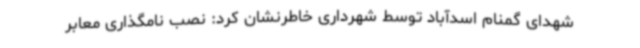
شهدای گمنام اسدآباد توسط شهرداری خاطرنشان کرد: نصب نامگذاری معابر